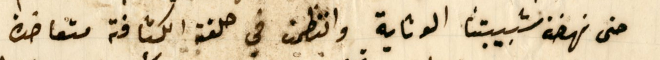
حتى نهضة شبيبتنا الوثابة وانتظمت في حلقة الكشافة متعاضدة